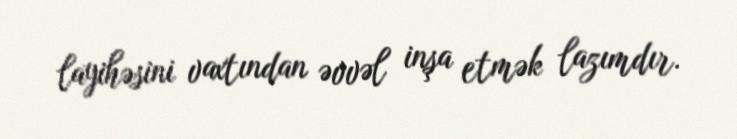
layihəsini vaxtından əvvəl inşa etmək lazımdır.